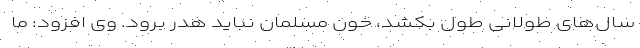
سال‌های طولانی طول بکشد، خون مسلمان نباید هدر برود. وی افزود: ما